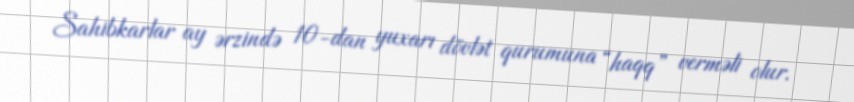
Sahibkarlar ay ərzində 10-dan yuxarı dövlət qurumuna “haqq” verməli olur.